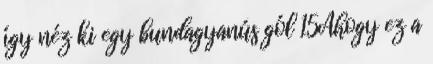
így néz ki egy bundagyanús gól 15Ahogy ez a